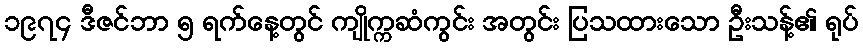
၁၉၇၄ ဒီဇင်ဘာ ၅ ရက်နေ့တွင် ကျိုက္ကဆံကွင်း အတွင်း ပြသထားသော ဦးသန့်၏ ရုပ်